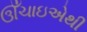
ઊઁચાઇએથી